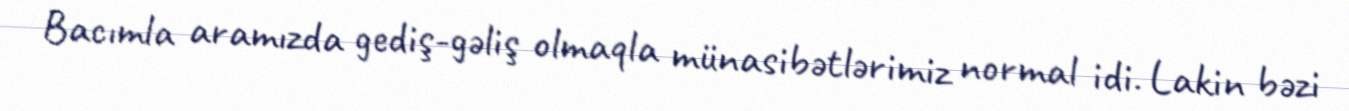
Bacımla aramızda gediş-gəliş olmaqla münasibətlərimiz normal idi. Lakin bəzi